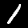
Label: 1